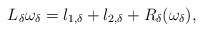
\begin{align*}L_\delta \omega_\delta=l_{1,\delta}+l_{2,\delta}+R_\delta(\omega_\delta),\end{align*}